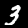
Digit: 3